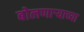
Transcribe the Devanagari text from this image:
बोलणाऱ्याच्या